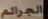
الجرائم